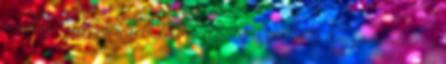
rendben volt” „nem volt kellemetlen tapasztalat” „Nagyon kedves az